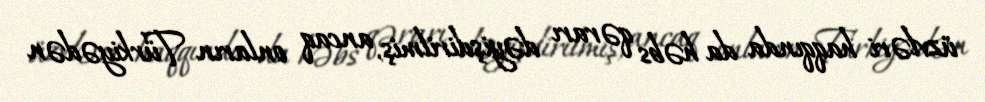
üzvləri haqqında da həbs qərarı dəyişdirilmiş, ancaq onların Türkiyədən